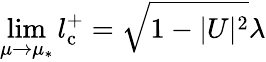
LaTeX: \operatorname*{lim}_{\mu\rightarrow\mu_{*}}l_{\mathrm{c}}^{+}=\sqrt{1-|U|^{2}}\lambda